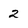
Character: 2